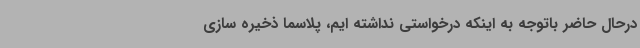
درحال حاضر باتوجه به اینکه درخواستی نداشته ایم، پلاسما ذخیره سازی